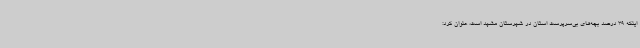
اینکه 39 درصد بچه‌های بی‌سرپرست استان در شهرستان مشهد است، عنوان کرد: